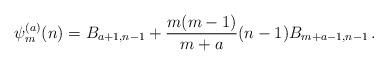
LaTeX: \begin{align*}\psi_m^{(a)}(n) = B_{a+1,n-1} + \frac{m(m-1)}{m+a} (n-1) B_{m+a-1,n-1}\,.\end{align*}